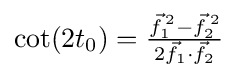
\cot(2t_{0})={\tfrac {{\vec {f}}_{1}^{\,2}-{\vec {f}}_{2}^{\,2}}{2{\vec {f}}_{1}\cdot {\vec {f}}_{2}}}